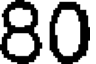
80